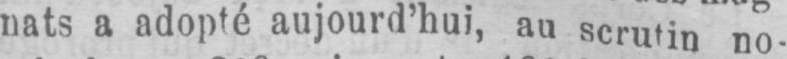
no-